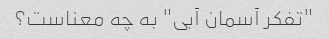
"تفکر آسمان آبی" به چه معناست؟